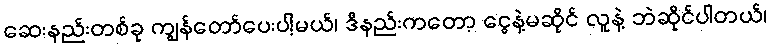
ဆေးနည်းတစ်ခု ကျွန်တော်ပေးပါ့မယ်၊ ဒီနည်းကတော့ ငွေနဲ့မဆိုင် လူနဲ့ ဘဲဆိုင်ပါတယ်၊